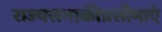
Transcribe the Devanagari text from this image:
राज्यसभाकीप्रसीमाएं